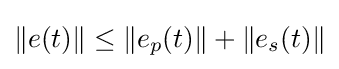
\|e(t)\|\leq \|e_{p}(t)\|+\|e_{s}(t)\|